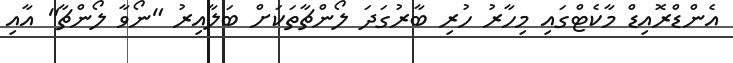
އެންޑްރޮއިޑް މާކެޓްގައި މިހާރު ހުރި ބާރުގަދަ ލޯންޗާތަކަށް ބަލާއިރު "ނޯވާ ލޯންޗާ" އާއި